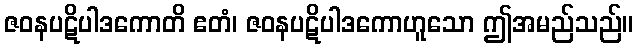
ဇဝနပဋိပါဒကောတိ ဧတံ၊ ဇဝနပဋိပါဒကောဟူသော ဤအမည်သည်။